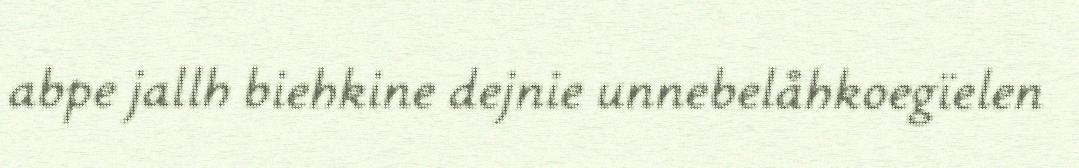
abpe jallh biehkine dejnie unnebelåhkoegïelen